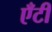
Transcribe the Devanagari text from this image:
एँटी